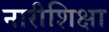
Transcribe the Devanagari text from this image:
नारीशिक्षा